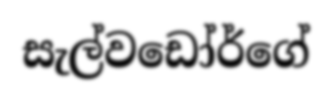
සැල්වඩෝර්ගේ